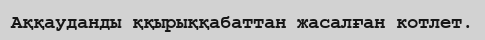
Аққауданды ққырыққабаттан жасалған котлет.